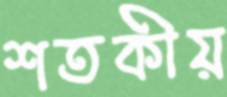
শতকীয়